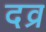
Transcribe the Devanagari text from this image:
दव्र